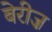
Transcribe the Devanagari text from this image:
बेरीज़